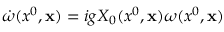
\dot { \omega } ( x ^ { 0 } , { \bf x } ) = i g X _ { 0 } ( x ^ { 0 } , { \bf x } ) \omega ( x ^ { 0 } , { \bf x } )